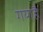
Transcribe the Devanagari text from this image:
गयाहै